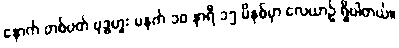
နောက် တစ်ပတ် ဗုဒ္ဓဟူး မနက် ၁၀ နာရီ ၁၅ မိနစ်မှာ လေယာဉ် ရှိပါတယ်။